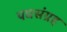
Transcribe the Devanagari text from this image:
पद्यसंग्रह